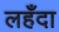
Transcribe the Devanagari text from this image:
लहँदा